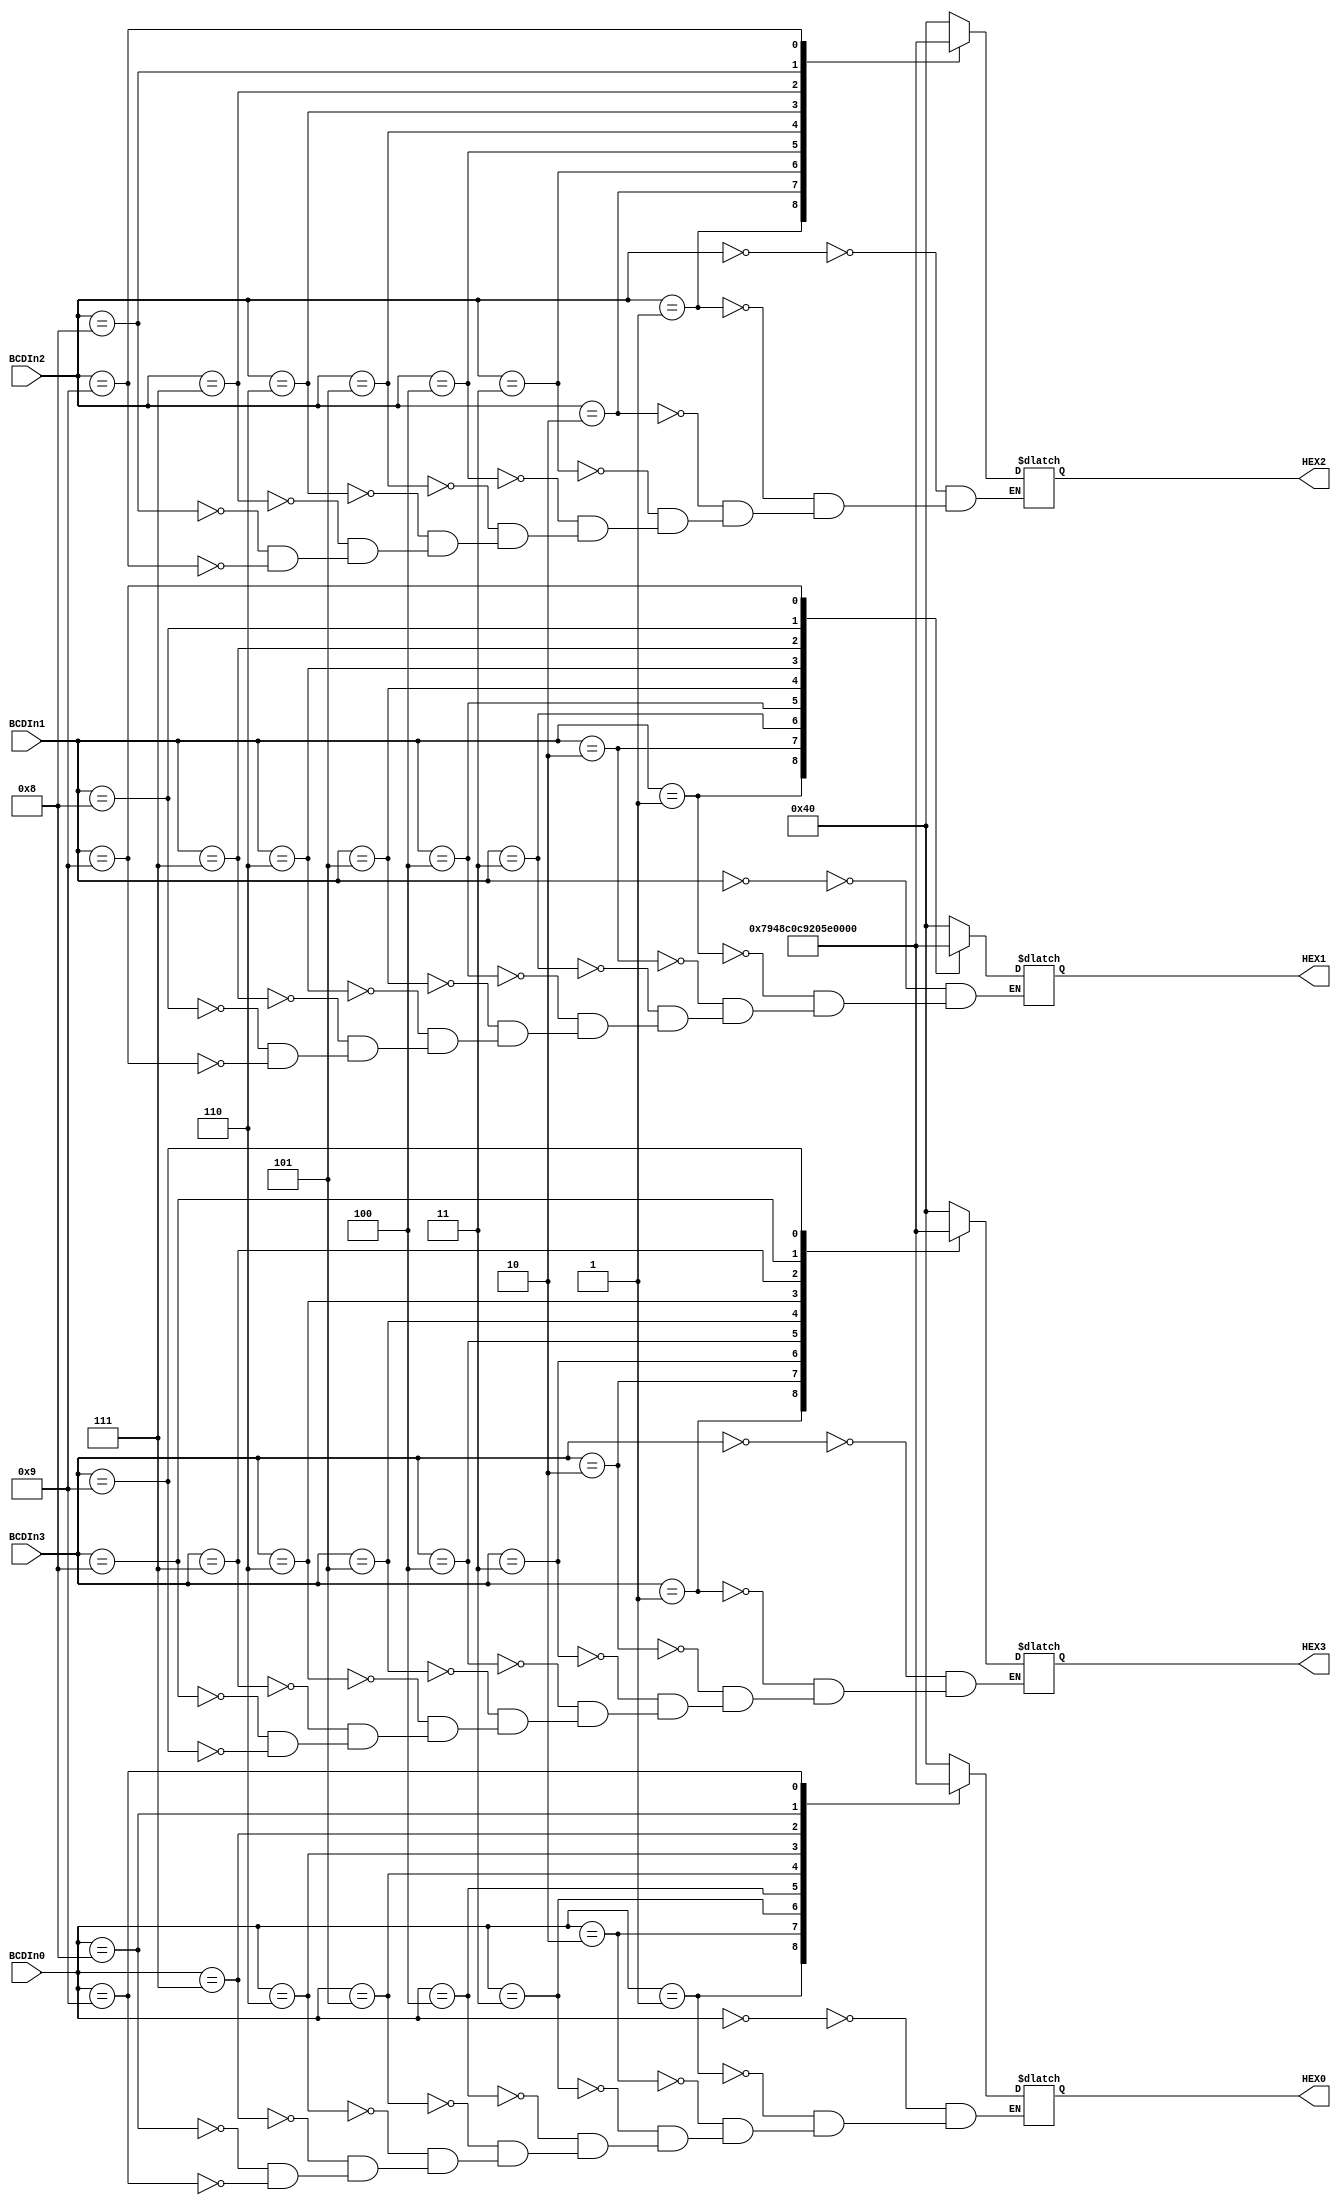
//Gabriel Altman
//ECEN2350 Digital Logic
//April, 2018


module BCD_decoder(BCDIn0, BCDIn1, BCDIn2, BCDIn3, HEX0, HEX1, HEX2, HEX3);
	input  [3:0]BCDIn0;
	input  [3:0]BCDIn1;
	input  [3:0]BCDIn2;
	input  [3:0]BCDIn3;
	
	output reg[6:0]HEX0;
	output reg[6:0]HEX1;
	output reg[6:0]HEX2;
	output reg[6:0]HEX3;
	
	always @(BCDIn0, BCDIn1, BCDIn2, BCDIn3)
		begin
		case (BCDIn0)
			4'b0000: HEX0 = 7'b1000000;	//0
			4'b0001: HEX0 = 7'b1111001;	//1
			4'b0010: HEX0 = 7'b0100100;	//2
			4'b0011: HEX0 = 7'b0110000;	//3
			4'b0100: HEX0 = 7'b0011001;	//4
			4'b0101: HEX0 = 7'b0010010;	//5
			4'b0110: HEX0 = 7'b0000010;	//6
			4'b0111: HEX0 = 7'b1111000;	//7
			4'b1000: HEX0 = 7'b0000000;	//8
			4'b1001: HEX0 = 7'b0010000;	//9
		endcase
		case (BCDIn1)
			4'b0000: HEX1 = 7'b1000000;	//0
			4'b0001: HEX1 = 7'b1111001;	//1
			4'b0010: HEX1 = 7'b0100100;	//2
			4'b0011: HEX1 = 7'b0110000;	//3
			4'b0100: HEX1 = 7'b0011001;	//4
			4'b0101: HEX1 = 7'b0010010;	//5
			4'b0110: HEX1 = 7'b0000010;	//6
			4'b0111: HEX1 = 7'b1111000;	//7
			4'b1000: HEX1 = 7'b0000000;	//8
			4'b1001: HEX1 = 7'b0010000;	//9
		endcase
		case (BCDIn2)
			4'b0000: HEX2 = 7'b1000000;	//0
			4'b0001: HEX2 = 7'b1111001;	//1
			4'b0010: HEX2 = 7'b0100100;	//2
			4'b0011: HEX2 = 7'b0110000;	//3
			4'b0100: HEX2 = 7'b0011001;	//4
			4'b0101: HEX2 = 7'b0010010;	//5
			4'b0110: HEX2 = 7'b0000010;	//6
			4'b0111: HEX2 = 7'b1111000;	//7
			4'b1000: HEX2 = 7'b0000000;	//8
			4'b1001: HEX2 = 7'b0010000;	//9
		endcase
		case (BCDIn3)
			4'b0000: HEX3 = 7'b1000000;	//0
			4'b0001: HEX3 = 7'b1111001;	//1
			4'b0010: HEX3 = 7'b0100100;	//2
			4'b0011: HEX3 = 7'b0110000;	//3
			4'b0100: HEX3 = 7'b0011001;	//4
			4'b0101: HEX3 = 7'b0010010;	//5
			4'b0110: HEX3 = 7'b0000010;	//6
			4'b0111: HEX3 = 7'b1111000;	//7
			4'b1000: HEX3 = 7'b0000000;	//8
			4'b1001: HEX3 = 7'b0010000;	//9
		endcase
		end
endmodule